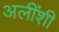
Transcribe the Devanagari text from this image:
अलींशी